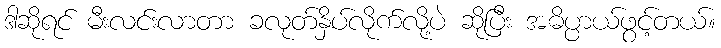
ဒါဆိုရင် မီးလင်းလာတာ ခလုတ်နှိပ်လိုက်လို့ပဲ ဆိုပြီး အဓိပ္ပာယ်ဖွင့်တယ်။